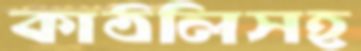
কাঠলিসহ